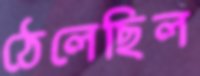
ঠেলেছিল